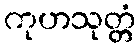
ကုဟသုတ္တံ